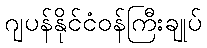
ဂျပန်နိုင်ငံဝန်ကြီးချုပ်